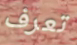
تعرف